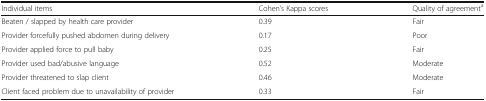
| Individual items | Cohen’s Kappa scores | Quality of agreementa |
 | --- | --- | --- |
 | Beaten / slapped by health care provider | 0.39 | Fair |
 | Provider forcefully pushed abdomen during delivery | 0.17 | Poor |
 | Provider applied force to pull baby | 0.25 | Fair |
 | Provider used bad/abusive language | 0.52 | Moderate |
 | Provider threatened to slap client | 0.46 | Moderate |
 | Client faced problem due to unavailability of provider | 0.33 | Fair |